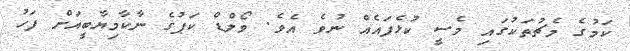
ކަމުގެ މެޗުތަކުގައި މެސީ ކުޅެފައެއް ނުވެ އެވެ. ވޯލްޑް ކަޕުގެ ނާކާމިޔާބީއަށް ފަހު